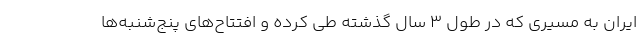
ایران به مسیری که در طول ۳ سال گذشته طی کرده و افتتاح‌های پنج‌شنبه‌ها